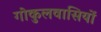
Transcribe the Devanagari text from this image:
गोकुलवासियों